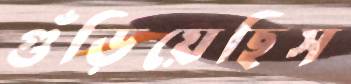
গুঁড়িয়েছিস